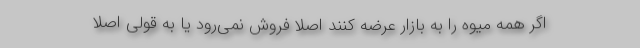
اگر همه میوه را به بازار عرضه کنند اصلا فروش نمی‌رود یا به قولی اصلا